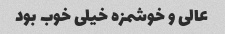
عالی و خوشمزه خیلی خوب بود